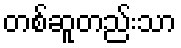
တစ်ဆူတည်းသာ